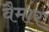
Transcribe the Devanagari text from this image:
वैमार